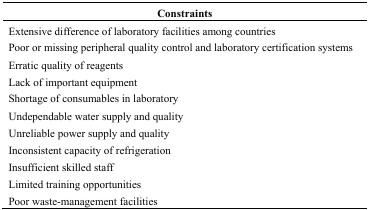
<table><thead><tr><td><b>Constraints</b></td></tr></thead><tbody><tr><td>Extensive difference of laboratory facilities among countries</td></tr><tr><td>Poor or missing peripheral quality control and laboratory certification systems</td></tr><tr><td>Erratic quality of reagents </td></tr><tr><td>Lack of important equipment</td></tr><tr><td>Shortage of consumables in laboratory</td></tr><tr><td>Undependable water supply and quality</td></tr><tr><td>Unreliable power supply and quality</td></tr><tr><td>Inconsistent capacity of refrigeration</td></tr><tr><td>Insufficient skilled staff</td></tr><tr><td>Limited training opportunities</td></tr><tr><td>Poor waste-management facilities</td></tr></tbody></table>